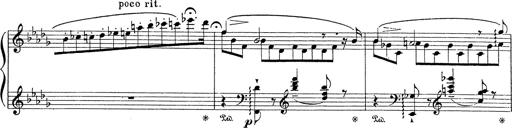
Title: Grosses Konzertsolo
Composer: Franz Liszt